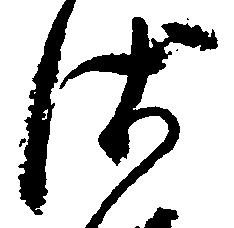
沙